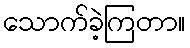
သောက်ခဲ့ကြတာ။